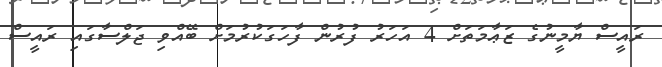
ރައީސް ޔާމީނުގެ ޒަޢާމަތަށް 4 އަހަރު ފުރުން ފާހަގަކުރުމަށް ބޭއްވި ޖަލްސާގައި ރައީސް